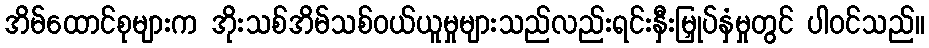
အိမ်ထောင်စုများက အိုးသစ်အိမ်သစ်ဝယ်ယူမှုများသည်လည်းရင်းနှီးမြှုပ်နှံမှုတွင် ပါဝင်သည်။